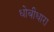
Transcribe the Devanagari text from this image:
धोबीधारा